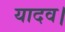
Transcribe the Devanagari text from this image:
यादव।